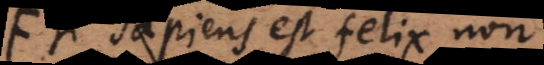
Si sapiens est felix non